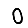
Digit: 0